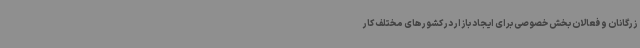
زرگانان و فعالان بخش خصوصی برای ایجاد بازار در کشورهای مختلف کار